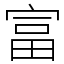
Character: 富